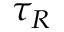
\tau _ { R }